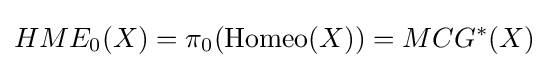
HME_{0}(X)=\pi _{0}({\rm {Homeo}}(X))=MCG^{*}(X)